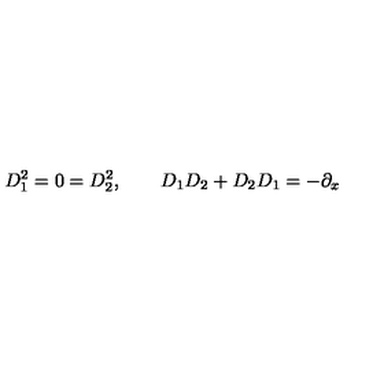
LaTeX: D _ { 1 } ^ { 2 } = 0 = D _ { 2 } ^ { 2 } , \qquad D _ { 1 } D _ { 2 } + D _ { 2 } D _ { 1 } = - \partial _ { x }